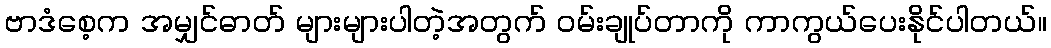
ဗာဒံစေ့က အမျှင်ဓာတ် များများပါတဲ့အတွက် ၀မ်းချုပ်တာကို ကာကွယ်ပေးနိုင်ပါတယ်။